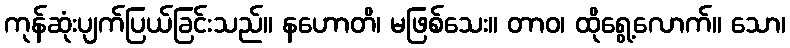
ကုန်ဆုံးပျက်ပြယ်ခြင်းသည်။ နဟောတိ၊ မဖြစ်သေး။ တာဝ၊ ထိုရွေ့လောက်။ သော၊